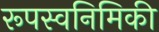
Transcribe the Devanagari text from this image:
रूपस्वनिमिकी